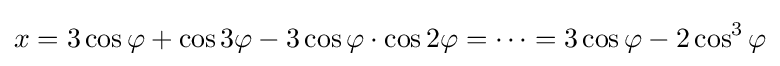
x=3\cos \varphi +\cos 3\varphi -3\cos \varphi \cdot \cos 2\varphi =\cdots =3\cos \varphi -2\cos ^{3}\varphi